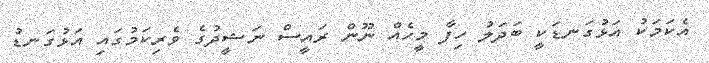
އެކަމަކު އަޅުގަނޑަކީ ބަދަލު ހިފާ މީހެއް ނޫން ރައީސް ނަޝީދުގެ ވެރިކަމުގައި އަޅުގަނޑު